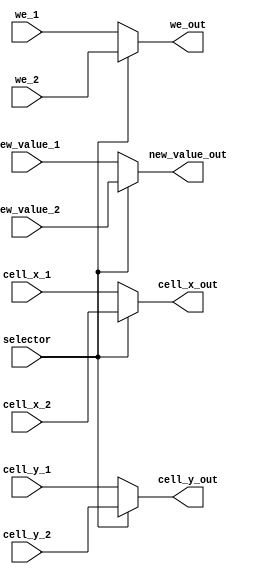
`timescale 1ns / 1ps
//////////////////////////////////////////////////////////////////////////////////
// Module Name:    swtch_mouse_fpga 
//////////////////////////////////////////////////////////////////////////////////


// modulo che direziona in uscita i dati della 
// -------------------------------------------
// porta 1 			se selector=0 
// porta 2 			se selector=1		

module swtch_mouse_fpga(

		 cell_x_1, 		//cella x 
		 cell_y_1, 		//cella y
		 we_1, 			//Write enable, se deve scrivere
		 new_value_1, 	//valore da scrivere

		 cell_x_2, 		//cella x 
		 cell_y_2, 		//cella y
		 we_2, 			//Write enable, se deve scrivere
		 new_value_2, 	//valore da scrivere

		 selector,

	 cell_x_out, 		//cella x 
	 cell_y_out, 		//cella y
	 we_out, 			//Write enable, se deve scrivere
	 new_value_out 	//valore da scrivere

		);

	input	 [2:0]cell_x_1; //cella x 
	input	 [2:0]cell_y_1; //cella y
	input	 we_1; //Write enable, se deve scrivere
	input	 [3:0]new_value_1; //valore da scrivere
	
	input	 [2:0]cell_x_2; //cella x 
	input	 [2:0]cell_y_2; //cella y
	input	 we_2; //Write enable, se deve scrivere
	input	 [3:0]new_value_2; //valore da scrivere
	
	input  selector;

output	 [2:0]cell_x_out; //cella x 
output	 [2:0]cell_y_out; //cella y
output	 we_out; //Write enable, se deve scrivere
output	 [3:0]new_value_out; //valore da scrivere

assign cell_x_out = selector ? cell_x_2 : cell_x_1;
assign cell_y_out = selector ? cell_y_2 : cell_y_1;
assign we_out = selector ? we_2 : we_1;
assign new_value_out = selector ? new_value_2 : new_value_1;

endmodule